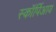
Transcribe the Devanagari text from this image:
स्कॉर्पिआय